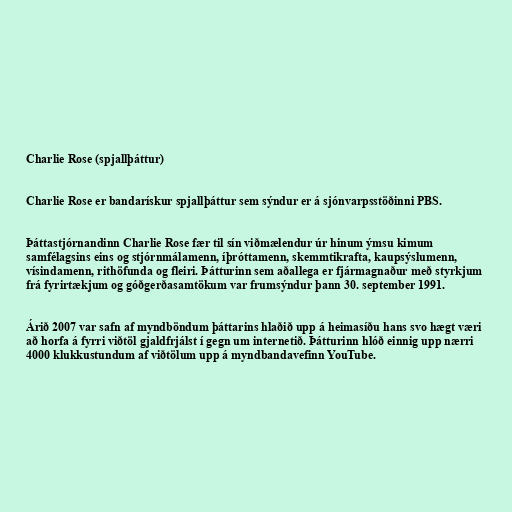
Charlie Rose (spjallþáttur)

Charlie Rose er bandarískur spjallþáttur sem sýndur er á sjónvarpsstöðinni PBS.

Þáttastjórnandinn Charlie Rose fær til sín viðmælendur úr hinum ýmsu kimum
samfélagsins eins og stjórnmálamenn, íþróttamenn, skemmtikrafta, kaupsýslumenn,
vísindamenn, rithöfunda og fleiri. Þátturinn sem aðallega er fjármagnaður með styrkjum
frá fyrirtækjum og góðgerðasamtökum var frumsýndur þann 30. september 1991.

Árið 2007 var safn af myndböndum þáttarins hlaðið upp á heimasíðu hans svo hægt væri
að horfa á fyrri viðtöl gjaldfrjálst í gegn um internetið. Þátturinn hlóð einnig upp nærri
4000 klukkustundum af viðtölum upp á myndbandavefinn YouTube.